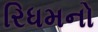
રિધમનો